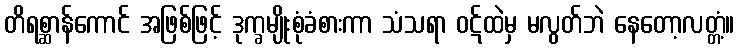
တိရစ္ဆာန်ကောင် အဖြစ်ဖြင့် ဒုက္ခမျိုးစုံခံစားကာ သံသရာ ဝဋ်ထဲမှ မလွတ်ဘဲ နေတော့လတ္တံ့။